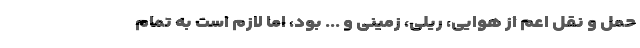
حمل و نقل اعم از هوایی، ریلی، زمینی و ... بود، اما لازم است به تمام